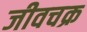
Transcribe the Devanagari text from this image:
जीवचक्र